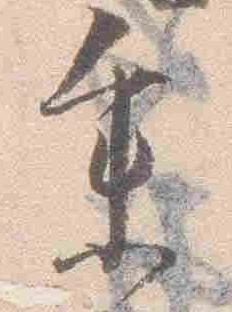
参